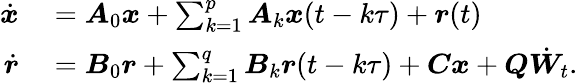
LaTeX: \begin{array}{rl}{\dot{\boldsymbol{x}}}&{{}=\boldsymbol{A}_{0}\boldsymbol{x}+\sum_{k=1}^{p}\boldsymbol{A}_{k}\boldsymbol{x}(t-k\tau)+\boldsymbol{r}(t)}\\ {\dot{\boldsymbol{r}}}&{{}=\boldsymbol{B}_{0}\boldsymbol{r}+\sum_{k=1}^{q}\boldsymbol{B}_{k}\boldsymbol{r}(t-k\tau)+\boldsymbol{C}\boldsymbol{x}+\boldsymbol{Q}\dot{{\boldsymbol{W}}}_{t}.}\end{array}